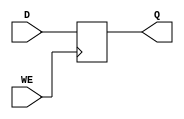
module D_latch (
    input D,
    input WE,
    output reg Q
);

always @(posedge WE)
begin
    if (WE)
        Q <= D;
end

endmodule